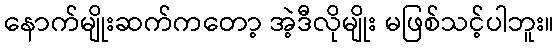
နောက်မျိုးဆက်ကတော့ အဲ့ဒီလိုမျိုး မဖြစ်သင့်ပါဘူး။